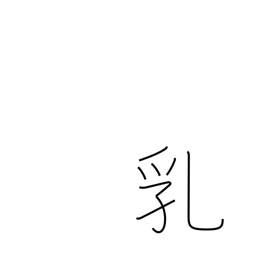
Meaning: breasts